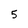
Character: 5